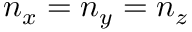
n _ { x } = n _ { y } = n _ { z }